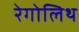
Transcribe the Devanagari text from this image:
रेगोलिथ